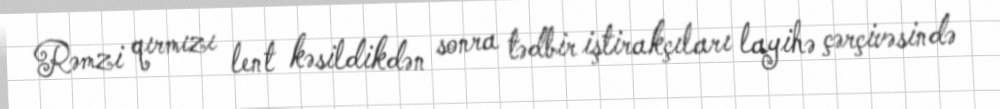
Rəmzi qırmızı lent kəsildikdən sonra tədbir iştirakçıları layihə çərçivəsində